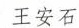
王安石